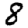
Digit: 8